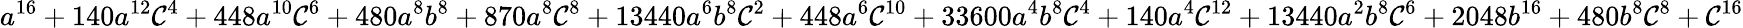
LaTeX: a^{16}+140a^{12}\mathcal{C}^{4}+448a^{10}\mathcal{C}^{6}+480a^{8}b^{8}+870a^{8}\mathcal{C}^{8}+13440a^{6}b^{8}\mathcal{C}^{2}+448a^{6}\mathcal{C}^{10}+33600a^{4}b^{8}\mathcal{C}^{4}+140a^{4}\mathcal{C}^{12}+13440a^{2}b^{8}\mathcal{C}^{6}+2048b^{16}+480b^{8}\mathcal{C}^{8}+\mathcal{C}^{16}